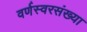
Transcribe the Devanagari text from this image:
वर्णस्वरसंख्या